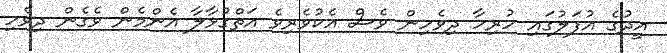
އީދުގެ އުފަލުގައި ހުރިހާ ދިވެހިން ވެސް އެކުވެރިވެ އަތްގުޅާލާ އެންމެން ވެގެން ދިވެހި